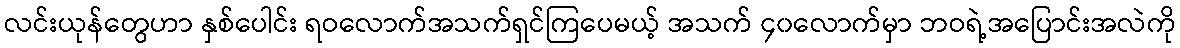
လင်းယုန်တွေဟာ နှစ်ပေါင်း ရဝလောက်အသက်ရှင်ကြပေမယ့် အသက် ၄၀လောက်မှာ ဘဝရဲ့အပြောင်းအလဲကို